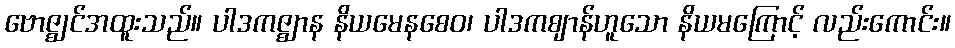
ဗောဇ္ဈင်အထူးသည်။ ပါဒကဇ္ဈာန နိယမေနစေဝ၊ ပါဒကဈာန်ဟူသော နိယမကြောင့် လည်းကောင်း။